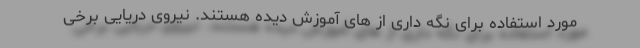
مورد استفاده برای نگه داری از های آموزش دیده هستند. نیروی دریایی برخی